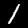
Digit: 1